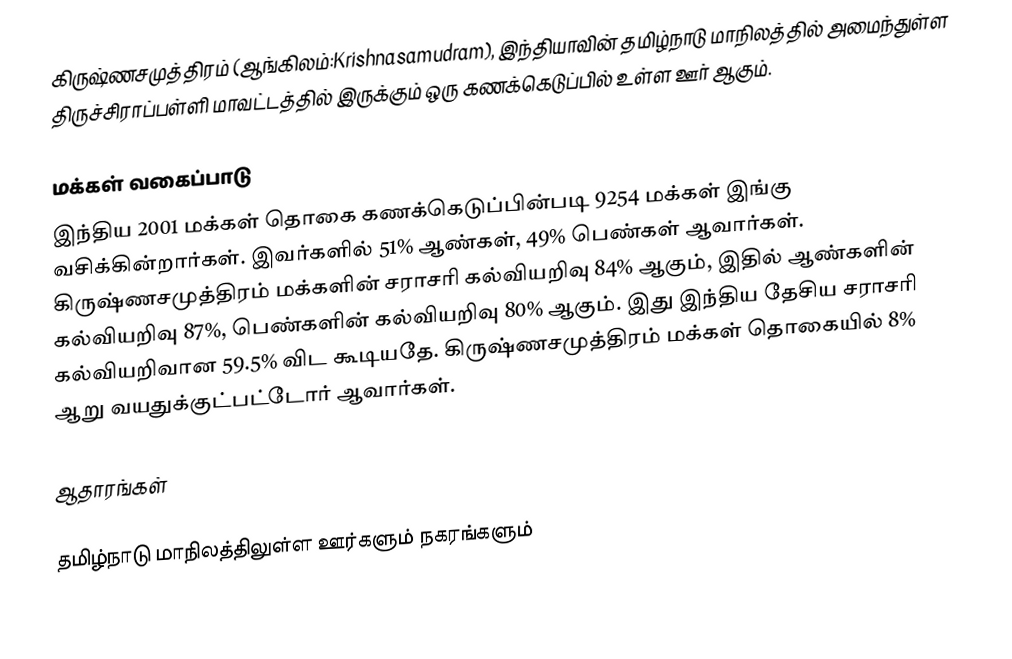
கிருஷ்ணசமுத்திரம் (ஆங்கிலம்:Krishnasamudram), இந்தியாவின் தமிழ்நாடு மாநிலத்தில் அமைந்துள்ள திருச்சிராப்பள்ளி மாவட்டத்தில் இருக்கும் ஒரு கணக்கெடுப்பில் உள்ள ஊர்  ஆகும்.

மக்கள் வகைப்பாடு
இந்திய 2001 மக்கள் தொகை கணக்கெடுப்பின்படி 9254 மக்கள் இங்கு வசிக்கின்றார்கள். இவர்களில் 51% ஆண்கள், 49% பெண்கள் ஆவார்கள். கிருஷ்ணசமுத்திரம் மக்களின் சராசரி கல்வியறிவு 84% ஆகும்,  இதில் ஆண்களின் கல்வியறிவு 87%,  பெண்களின் கல்வியறிவு 80% ஆகும். இது இந்திய தேசிய சராசரி கல்வியறிவான 59.5% விட கூடியதே. கிருஷ்ணசமுத்திரம் மக்கள் தொகையில் 8%  ஆறு வயதுக்குட்பட்டோர் ஆவார்கள்.

ஆதாரங்கள்

தமிழ்நாடு மாநிலத்திலுள்ள ஊர்களும் நகரங்களும்